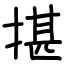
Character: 揕